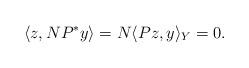
LaTeX: \begin{align*} \langle z , NP^* y \rangle = N \langle Pz, y \rangle_Y = 0.\end{align*}